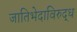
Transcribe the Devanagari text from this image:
जातिभेदाविरुद्ध